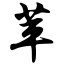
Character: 苹